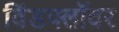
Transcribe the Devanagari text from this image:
विंडफ्लॉवर